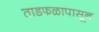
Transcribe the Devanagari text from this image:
ताडफळापासून